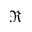
\Re